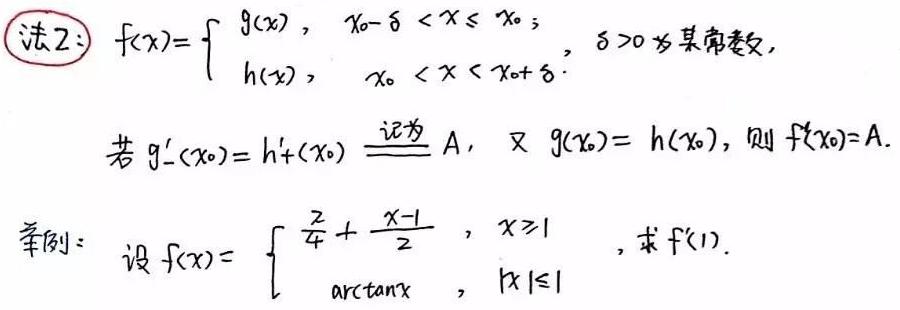
法2：$f(x)=\begin{cases}g(x),&x_0 - \delta < x \leq x_0;\\h(x),&x_0 < x < x_0 + \delta.\end{cases}$，$\delta > 0$为某常数.

若$g_{-}'(x_0)=h_{+}'(x_0)\stackrel{记为}{=}A$，又$g(x_0)=h(x_0)$，则$f'(x_0)=A$.

举例：设$f(x)=\begin{cases}\frac{x^2}{4}+\frac{x - 1}{2},&x\geq1\\\arctan x,&|x|\leq1\end{cases}$，求$f'(1)$.